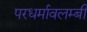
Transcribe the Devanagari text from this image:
परधर्मावलम्बी